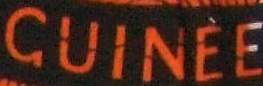
GUINEE